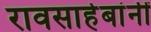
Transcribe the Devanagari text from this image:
रावसाहेबांनीं